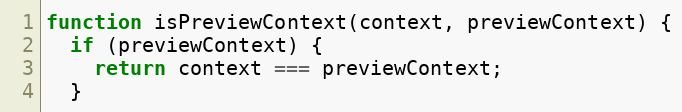
Language: JavaScript
function isPreviewContext(context, previewContext) {
  if (previewContext) {
    return context === previewContext;
  }